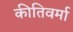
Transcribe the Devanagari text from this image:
कीतिवर्मा